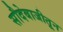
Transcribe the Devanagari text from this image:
सौदेबाजीतून